Source: Handwritten
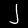
Digit: ၂ (2)